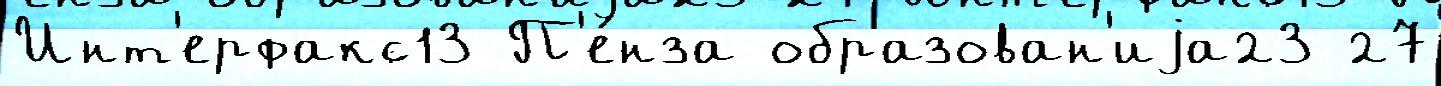
Инт'ерфакс13 П'е́нза образован'иjа23 27